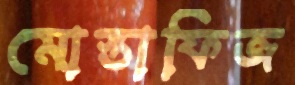
মোস্তাফিজ